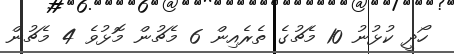
ހޯދީ ކުޅުނު 10 މެޗުގެ ތެރެއިން 6 މެޗުން މޮޅުވެ 4 މެޗުން